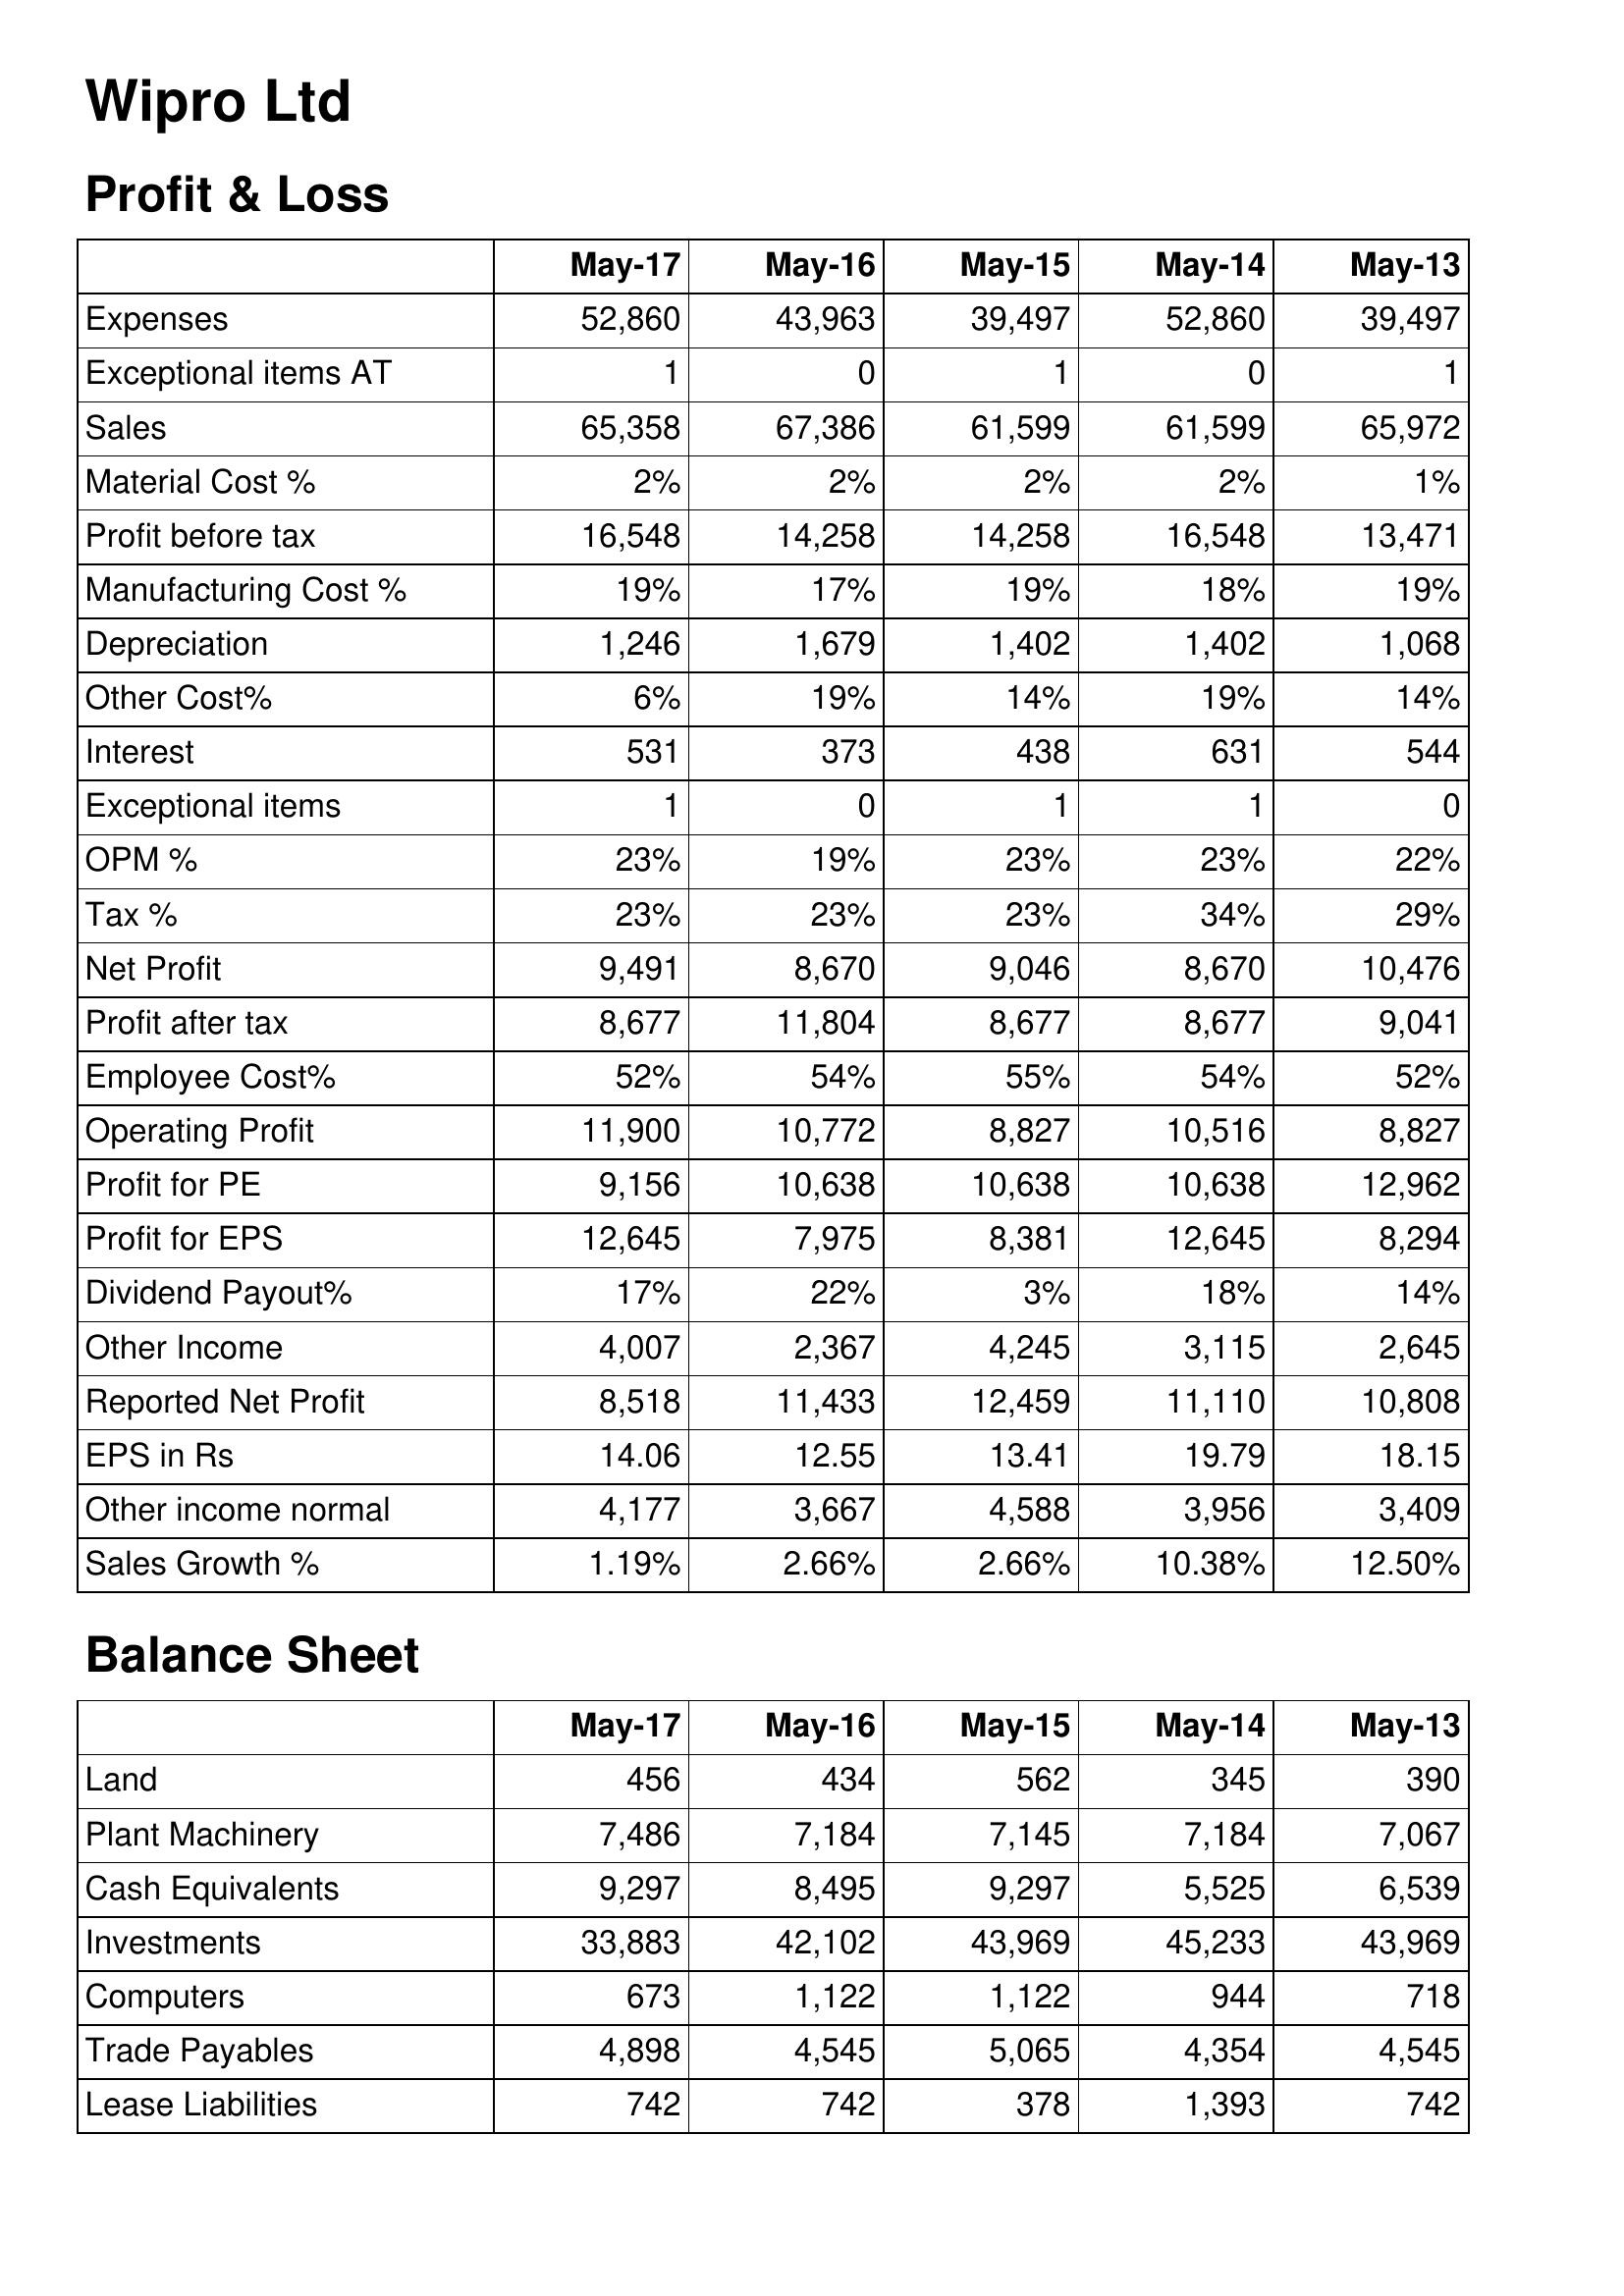
May-17: Profit & Loss: Expenses: 52,860
Exceptional items AT: 1
Sales: 65,358
Material Cost %: 2%
Profit before tax: 16,548
Manufacturing Cost %: 19%
Depreciation: 1,246
Other Cost%: 6%
Interest: 531
Exceptional items: 1
OPM %: 23%
Tax %: 23%
Net Profit: 9,491
Profit after tax: 8,677
Employee Cost%: 52%
Operating Profit: 11,900
Profit for PE: 9,156
Profit for EPS: 12,645
Dividend Payout%: 17%
Other Income: 4,007
Reported Net Profit: 8,518
EPS in Rs: 14.06
Other income normal: 4,177
Sales Growth %: 1.19%
Balance Sheet: Land: 456
Plant Machinery: 7,486
Cash Equivalents: 9,297
Investments: 33,883
Computers: 673
Trade Payables: 4,898
Lease Liabilities: 742
May-16: Profit & Loss: Expenses: 43,963
Exceptional items AT: 0
Sales: 67,386
Material Cost %: 2%
Profit before tax: 14,258
Manufacturing Cost %: 17%
Depreciation: 1,679
Other Cost%: 19%
Interest: 373
Exceptional items: 0
OPM %: 19%
Tax %: 23%
Net Profit: 8,670
Profit after tax: 11,804
Employee Cost%: 54%
Operating Profit: 10,772
Profit for PE: 10,638
Profit for EPS: 7,975
Dividend Payout%: 22%
Other Income: 2,367
Reported Net Profit: 11,433
EPS in Rs: 12.55
Other income normal: 3,667
Sales Growth %: 2.66%
Balance Sheet: Land: 434
Plant Machinery: 7,184
Cash Equivalents: 8,495
Investments: 42,102
Computers: 1,122
Trade Payables: 4,545
Lease Liabilities: 742
May-15: Profit & Loss: Expenses: 39,497
Exceptional items AT: 1
Sales: 61,599
Material Cost %: 2%
Profit before tax: 14,258
Manufacturing Cost %: 19%
Depreciation: 1,402
Other Cost%: 14%
Interest: 438
Exceptional items: 1
OPM %: 23%
Tax %: 23%
Net Profit: 9,046
Profit after tax: 8,677
Employee Cost%: 55%
Operating Profit: 8,827
Profit for PE: 10,638
Profit for EPS: 8,381
Dividend Payout%: 3%
Other Income: 4,245
Reported Net Profit: 12,459
EPS in Rs: 13.41
Other income normal: 4,588
Sales Growth %: 2.66%
Balance Sheet: Land: 562
Plant Machinery: 7,145
Cash Equivalents: 9,297
Investments: 43,969
Computers: 1,122
Trade Payables: 5,065
Lease Liabilities: 378
May-14: Profit & Loss: Expenses: 52,860
Exceptional items AT: 0
Sales: 61,599
Material Cost %: 2%
Profit before tax: 16,548
Manufacturing Cost %: 18%
Depreciation: 1,402
Other Cost%: 19%
Interest: 631
Exceptional items: 1
OPM %: 23%
Tax %: 34%
Net Profit: 8,670
Profit after tax: 8,677
Employee Cost%: 54%
Operating Profit: 10,516
Profit for PE: 10,638
Profit for EPS: 12,645
Dividend Payout%: 18%
Other Income: 3,115
Reported Net Profit: 11,110
EPS in Rs: 19.79
Other income normal: 3,956
Sales Growth %: 10.38%
Balance Sheet: Land: 345
Plant Machinery: 7,184
Cash Equivalents: 5,525
Investments: 45,233
Computers: 944
Trade Payables: 4,354
Lease Liabilities: 1,393
May-13: Profit & Loss: Expenses: 39,497
Exceptional items AT: 1
Sales: 65,972
Material Cost %: 1%
Profit before tax: 13,471
Manufacturing Cost %: 19%
Depreciation: 1,068
Other Cost%: 14%
Interest: 544
Exceptional items: 0
OPM %: 22%
Tax %: 29%
Net Profit: 10,476
Profit after tax: 9,041
Employee Cost%: 52%
Operating Profit: 8,827
Profit for PE: 12,962
Profit for EPS: 8,294
Dividend Payout%: 14%
Other Income: 2,645
Reported Net Profit: 10,808
EPS in Rs: 18.15
Other income normal: 3,409
Sales Growth %: 12.50%
Balance Sheet: Land: 390
Plant Machinery: 7,067
Cash Equivalents: 6,539
Investments: 43,969
Computers: 718
Trade Payables: 4,545
Lease Liabilities: 742